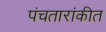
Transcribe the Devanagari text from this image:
पंचतारांकीत